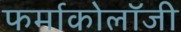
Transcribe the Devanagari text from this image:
फर्माकोलॉजी